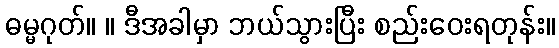
ဓမ္မဂုတ်။ ။ ဒီအခါမှာ ဘယ်သွားပြီး စည်းဝေးရတုန်း။